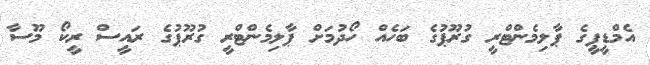
އެމްޑީޕީގެ ޕާލިމެންޓްރީ ގުރޫޕުގެ ބަހެއް ހޯދުމަށް ޕާލިމެންޓްރީ ގުރޫޕުގެ ރައީސް ރީކޯ މޫސާ